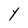
Character: Y